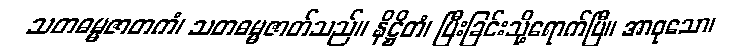
သတဓမ္မဇာတကံ၊ သတဓမ္မဇာတ်သည်။ နိဋ္ဌိတံ၊ ပြီးခြင်းသို့ရောက်ပြီ။ အာဝုသော၊